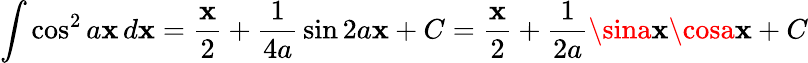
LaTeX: \int\cos^{2}{a\mathbf{x}}\, d\mathbf{x}={\frac{{\mathbf{x}}}{{2}}}+{\frac{{1}}{{4a}}}\sin2a\mathbf{x}+C={\frac{{\mathbf{x}}}{{2}}}+{\frac{{1}}{{2a}}}\sina\mathbf{x}\cosa\mathbf{x}+C